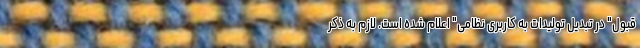
قبول" در تبدیل تولیدات به کاربری نظامی" اعلام شده است. لازم به ذکر